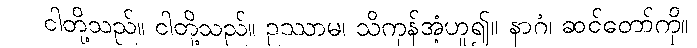
ငါတို့သည်။ ငါတို့သည်။ ဥဿာမ၊ သိကုန်အံ့ဟူ၍။ နာဂံ၊ ဆင်တော်ကို။